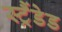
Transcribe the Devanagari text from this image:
स्ट्रैंडेड